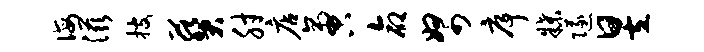
诲滋搜葵肘店啻命帑序牒隧昱